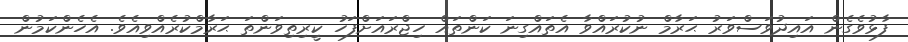
ފާޅުވެގެން އައިދުވަސްވަރު ޙަރާމް ނުކުރައްވާ އެތައްގިނަ ކަންތައް ހިޖްރައަށްފަހު ކީރިތިވަންތަ ޙަރާމްކުރެއްވިއެވެ. އެހެންކަމުން